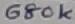
Text: 680K